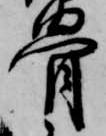
骨